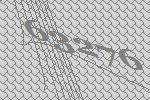
63276